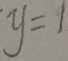
y = 1